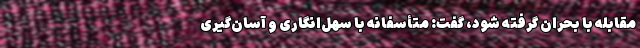
مقابله با بحران گرفته شود، گفت: متأسفانه با سهل‌انگاری و آسان‌گیری